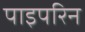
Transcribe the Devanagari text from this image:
पाइपरिन